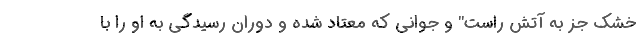
خشک جز به آتش راست" و جوانی که معتاد شده و دوران رسیدگی به او را با